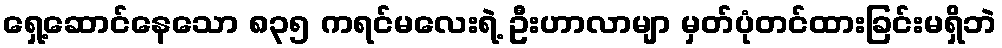
ရှေ့ဆောင်နေသော ၈၃၅ ကရင်မလေးရဲ့ ဦးဟာလာမျာ မှတ်ပုံတင်ထားခြင်းမရှိဘဲ